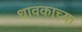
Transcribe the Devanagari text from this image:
धावकाच्या